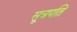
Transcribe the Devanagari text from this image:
सूत्रपति